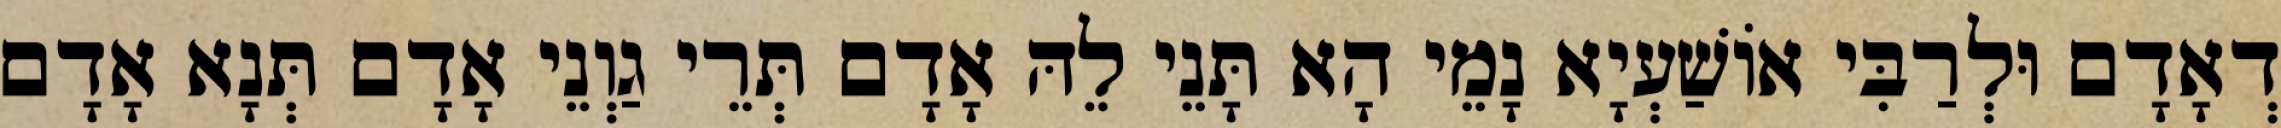
דְאָדָם וּלְרַבִּי אוֹשַׁעְיָא נָמֵי הָא תָּנֵי לֵהּ אָדָם תְּרֵי גַוְנֵי אָדָם תְּנָא אָדָם